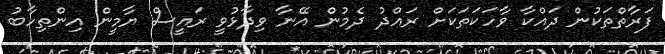
ފަރާތްތަކުން ދައްކާ ވާހަކަތަކަށް ރައްދު ދެމުން އޭނާ ވިދާޅުވީ ރައީސް ޔާމީން އިންތިހާބު